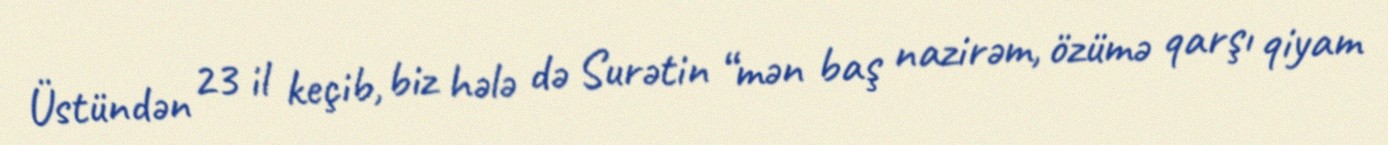
Üstündən 23 il keçib, biz hələ də Surətin “mən baş nazirəm, özümə qarşı qiyam